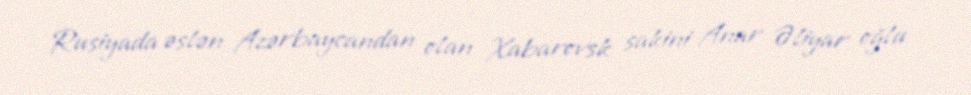
Rusiyada əslən Azərbaycandan olan Xabarovsk sakini Anar Əliyar oğlu